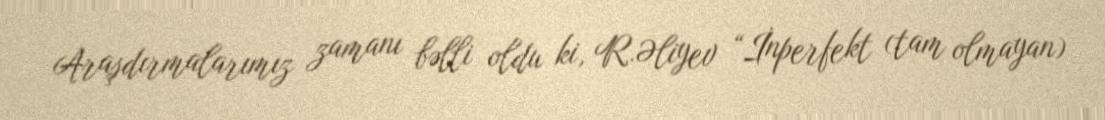
Araşdırmalarımız zamanı bəlli oldu ki, R.Əliyev “İnperfekt (tam olmayan)